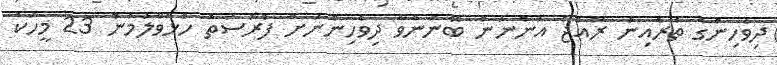
ދިވެހިންގެ ތެރެއިން ރާއްޖެ އަންނަން ބޭނުންވާ ދިވެހިންނަށް ފުރުސަތު ހުޅުވާލުމުން 23 މީހަކު